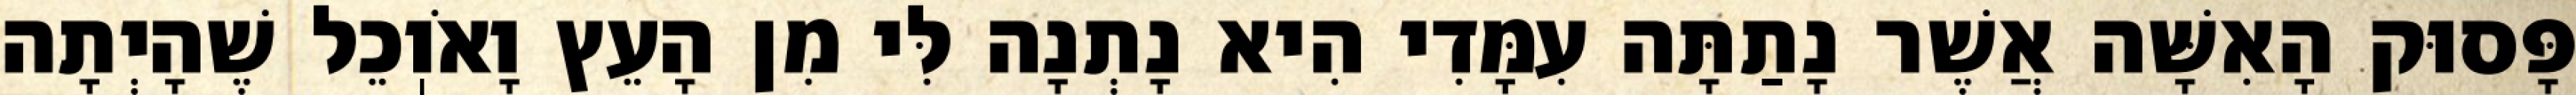
פָּסוּק הָאִשָּׁה אֲשֶׁר נָתַתָּה עִמָּדִי הִיא נָתְנָה לִּי מִן הָעֵץ וָאֹוֽכֵל שֶׁהָיְתָה